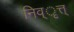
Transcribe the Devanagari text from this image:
निव्ृत्त्